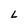
Character: L